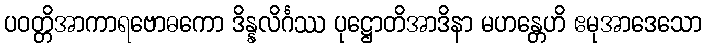
ပဝတ္တိအာကာရဗောဓကော ဒိန္နလိင်္ဂဿ ပုဋ္ဌောတိအာဒိနာ မဟန္တေဟိ ဧမုအာဒေသော